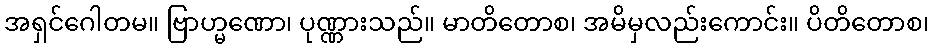
အရှင်ဂေါတမ။ ဗြာဟ္မဏော၊ ပုဏ္ဏားသည်။ မာတိတောစ၊ အမိမှလည်းကောင်း။ ပိတိတောစ၊